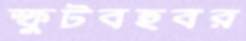
স্ফুটবহুবর